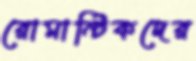
রোমান্টিকদের